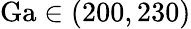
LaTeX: \mathrm{Ga}\in(200,230)